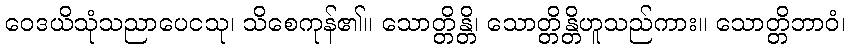
ဝေဒယိသုံသညာပေငသု၊ သိစေကုန်၏။ သောတ္တိန္တိ၊ သောတ္တိန္တိဟူသည်ကား။ သောတ္တိဘာဝံ၊